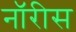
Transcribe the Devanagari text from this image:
नॉरीस